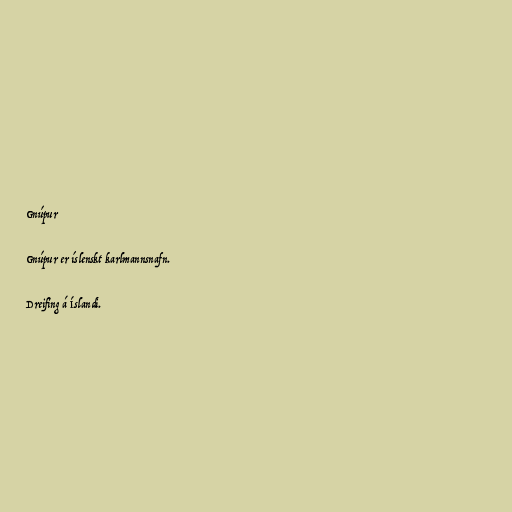
Gnúpur

Gnúpur er íslenskt karlmannsnafn.

Dreifing á Íslandi.